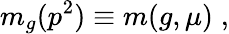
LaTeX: m_{g}(p^{2})\equiv m(g,\mu)\; ,